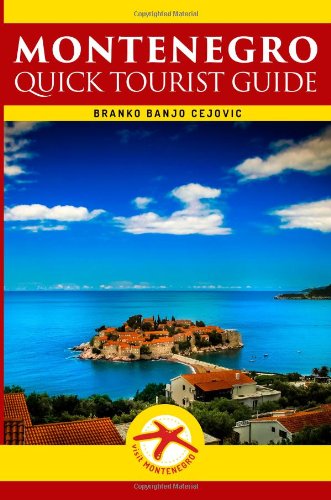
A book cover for Montenegro: Quick Tourist Guide (Visit Montenegro) (Volume 3); Branko BanjO Cejovic; Travel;